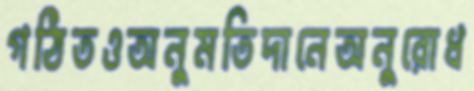
গঠিতওঅনুমতিদানেঅনুরোধ